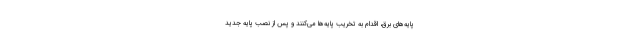
پایه‌های برق، اقدام به تخریب پایه‌ها می‌کنند و پس از نصب پایه جدید